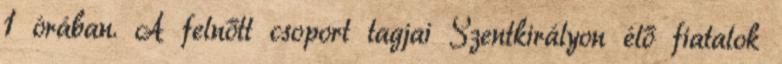
1 órában. A felnőtt csoport tagjai Szentkirályon élő fiatalok